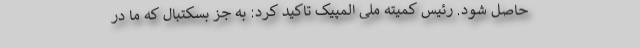
حاصل شود. رئیس کمیته ملی المپیک تاکید کرد: به جز بسکتبال که ما در